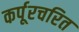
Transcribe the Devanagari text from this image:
कर्पूरचरित